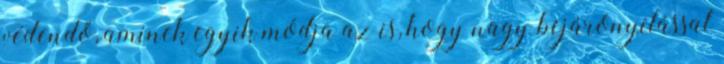
védendő, aminek egyik módja az is, hogy nagy bejárónyílással